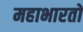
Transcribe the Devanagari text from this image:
महाभारतों